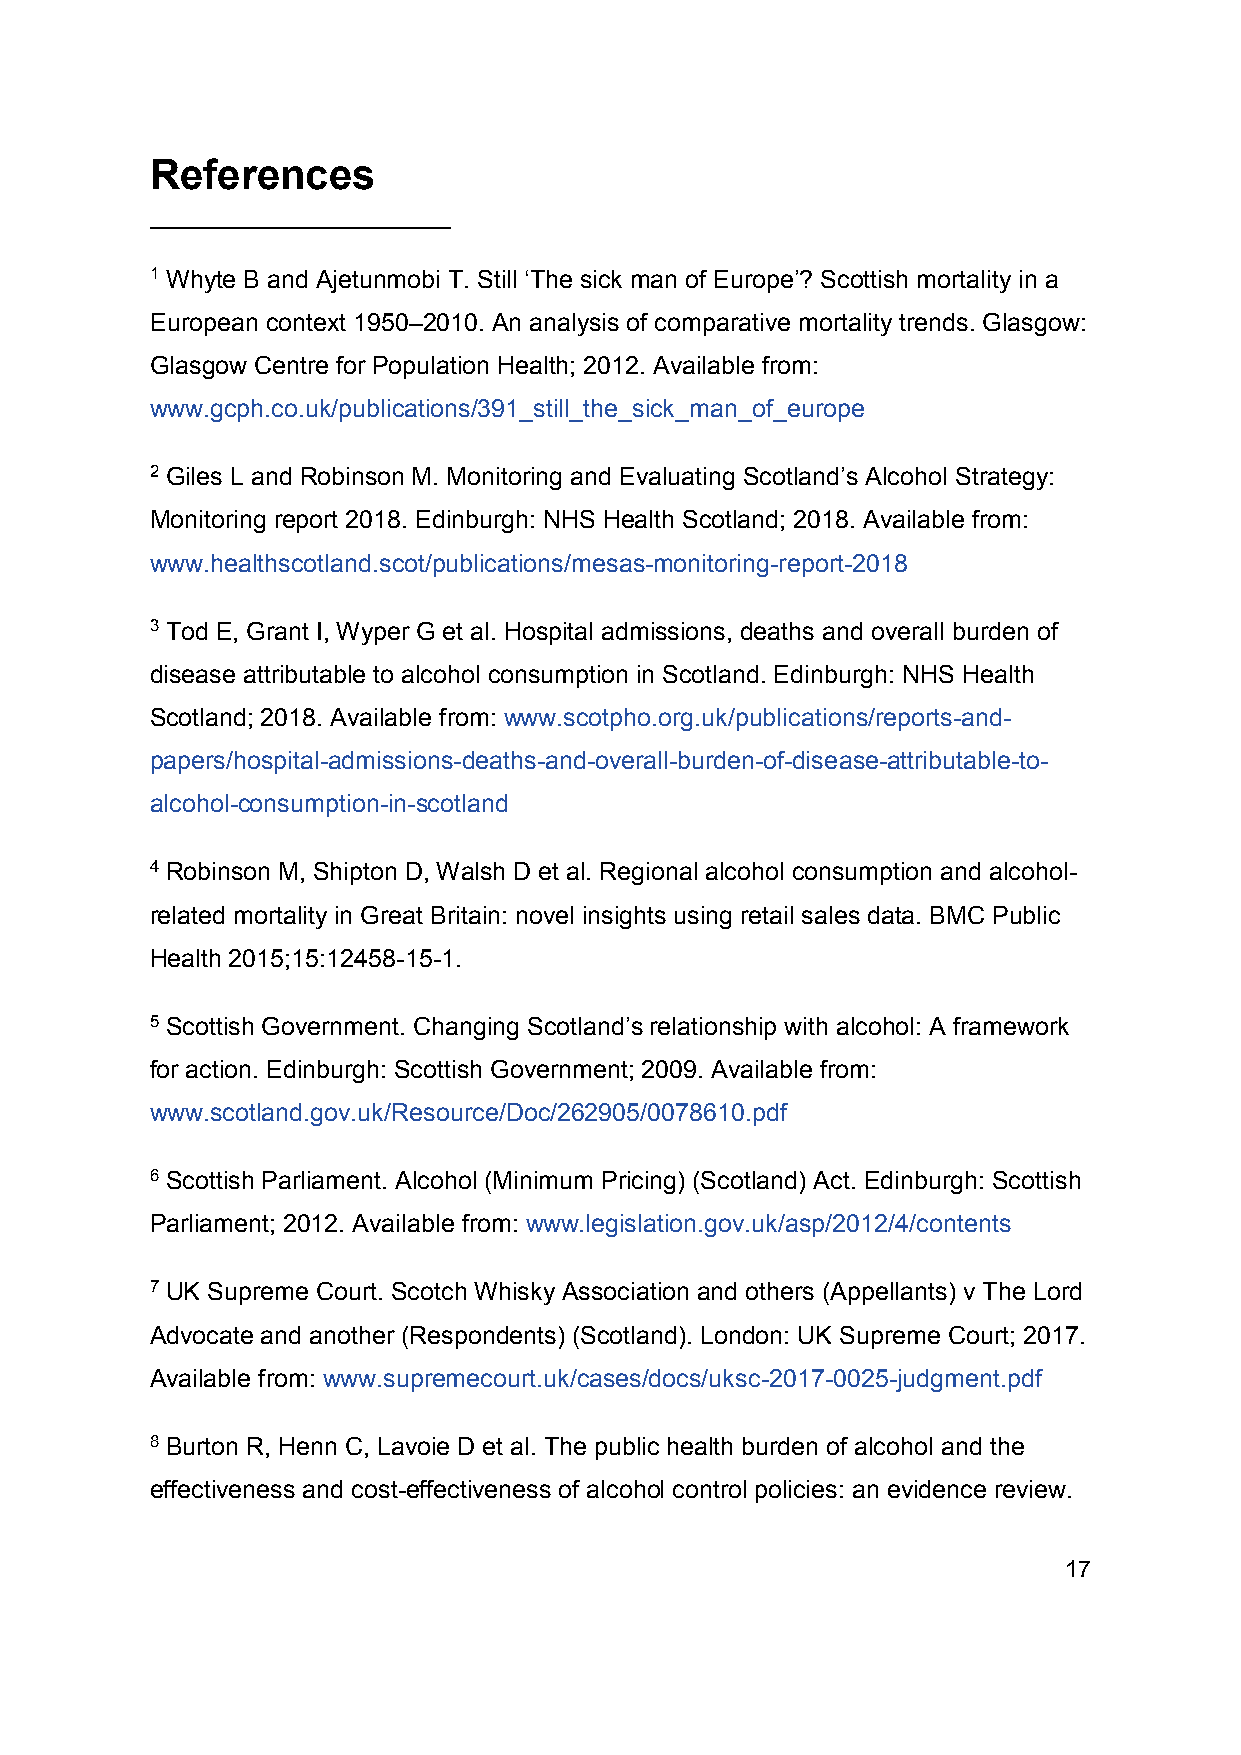
References
 1 Whyte B and Ajetunmobi T. Still ‘The sick man of Europe’? Scottish mortality in a
 European context 1950–2010. An analysis of comparative mortality trends. Glasgow:
 Glasgow Centre for Population Health; 2012. Available from:
 www.gcph.co.uk/publications/391_still_the_sick_man_of_europe
 2 Giles L and Robinson M. Monitoring and Evaluating Scotland’s Alcohol Strategy:
 Monitoring report 2018. Edinburgh: NHS Health Scotland; 2018. Available from:
 www.healthscotland.scot/publications/mesas-monitoring-report-2018
 3 Tod E, Grant I, Wyper G et al. Hospital admissions, deaths and overall burden of
 disease attributable to alcohol consumption in Scotland. Edinburgh: NHS Health
 Scotland; 2018. Available from: www.scotpho.org.uk/publications/reports-and-
 papers/hospital-admissions-deaths-and-overall-burden-of-disease-attributable-to-
 alcohol-consumption-in-scotland
 4 Robinson M, Shipton D, Walsh D et al. Regional alcohol consumption and alcohol-
 related mortality in Great Britain: novel insights using retail sales data. BMC Public
 Health 2015;15:12458-15-1.
 5 Scottish Government. Changing Scotland’s relationship with alcohol: A framework
 for action. Edinburgh: Scottish Government; 2009. Available from:
 www.scotland.gov.uk/Resource/Doc/262905/0078610.pdf
 6 Scottish Parliament. Alcohol (Minimum Pricing) (Scotland) Act. Edinburgh: Scottish
 Parliament; 2012. Available from: www.legislation.gov.uk/asp/2012/4/contents
 7 UK Supreme Court. Scotch Whisky Association and others (Appellants) v The Lord
 Advocate and another (Respondents) (Scotland). London: UK Supreme Court; 2017.
 Available from: www.supremecourt.uk/cases/docs/uksc-2017-0025-judgment.pdf
 8 Burton R, Henn C, Lavoie D et al. The public health burden of alcohol and the
 effectiveness and cost-effectiveness of alcohol control policies: an evidence review.
 17